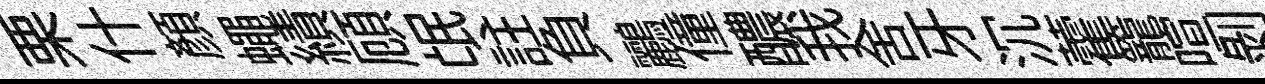
栗什顏蠅績頋氓註負鸝僮醲我舍牙沉藿籠喧剝